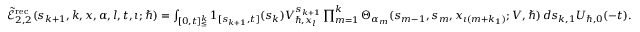
\begin{array} { r } { \tilde { \mathcal { E } } _ { 2 , 2 } ^ { \mathrm { r e c } } ( s _ { k + 1 } , k , \boldsymbol { x } , \alpha , l , t , \iota ; \hbar ) = \int _ { [ 0 , t ] _ { \leq } ^ { k } } \boldsymbol { 1 } _ { [ s _ { k + 1 } , t ] } ( s _ { k } ) V _ { \hbar , x _ { l } } ^ { s _ { k + 1 } } \prod _ { m = 1 } ^ { k } \Theta _ { \alpha _ { m } } ( s _ { m - 1 } , { s } _ { m } , x _ { \iota ( m + k _ { 1 } ) } ; V , \hbar ) \, d \boldsymbol { s } _ { k , 1 } U _ { \hbar , 0 } ( - t ) . } \end{array}